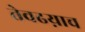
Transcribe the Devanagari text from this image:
तेवढय़ाच